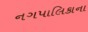
નગપાલિકાના